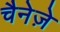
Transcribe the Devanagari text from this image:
चैनेज़े